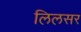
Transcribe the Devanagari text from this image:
लिलसर